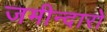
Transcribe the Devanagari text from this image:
जमीन्दारो